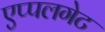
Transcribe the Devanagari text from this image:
एप्पलगेट